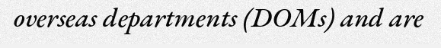
overseas departments (DOMs) and are